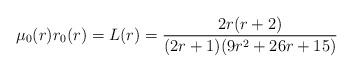
LaTeX: \begin{align*}\mu_{0}(r)r_{0}(r)=L(r) = \frac{2r(r+2)}{(2r+1)(9r^{2}+26r+15)}\end{align*}